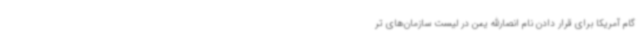
گام آمریکا برای قرار دادن نام انصارالله یمن در لیست سازمان‌های تر